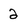
Character: 2